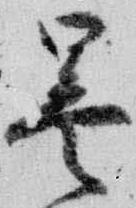
曇